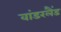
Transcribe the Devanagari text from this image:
वांडरलैंड